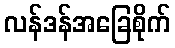
လန်ဒန်အခြေစိုက်